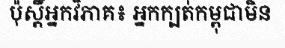
ប៉ុស្តិ៍អ្នកវិភាគ៖ អ្នកក្បត់កម្ពុជាមិន